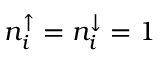
n _ { i } ^ { \uparrow } = n _ { i } ^ { \downarrow } = 1